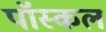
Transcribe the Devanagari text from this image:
पॉस्कल